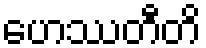
ဟေဿတီတိ